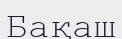
Бақаш